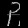
Digit: ၃